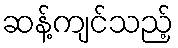
ဆန့်ကျင်သည့်